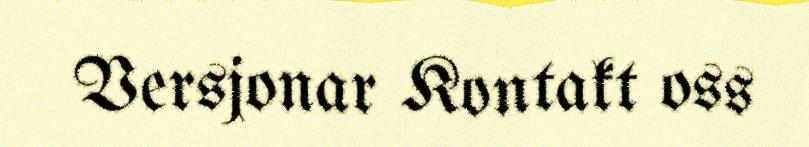
Versjonar Kontakt oss